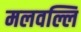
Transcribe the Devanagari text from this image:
मलवल्लि